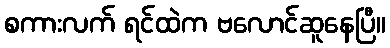
စကားလက် ရင်ထဲက ဗလောင်ဆူနေပြီ။